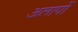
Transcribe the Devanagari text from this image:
अलापों